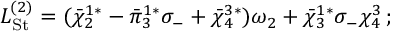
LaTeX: L _ { \mathrm { S t } } ^ { ( 2 ) } = ( { \bar { \chi } } _ { 2 } ^ { 1 * } - { \bar { \pi } } _ { 3 } ^ { 1 * } \sigma _ { - } + { \bar { \chi } } _ { 4 } ^ { 3 * } ) \omega _ { 2 } + { \bar { \chi } } _ { 3 } ^ { 1 * } \sigma _ { - } \chi _ { 4 } ^ { 3 } \, ;